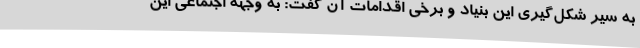
به سیر شکل‌گیری این بنیاد و برخی اقدامات آن گفت: به وجهه اجتماعی این